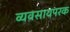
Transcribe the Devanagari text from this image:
व्‍यवसायपरक